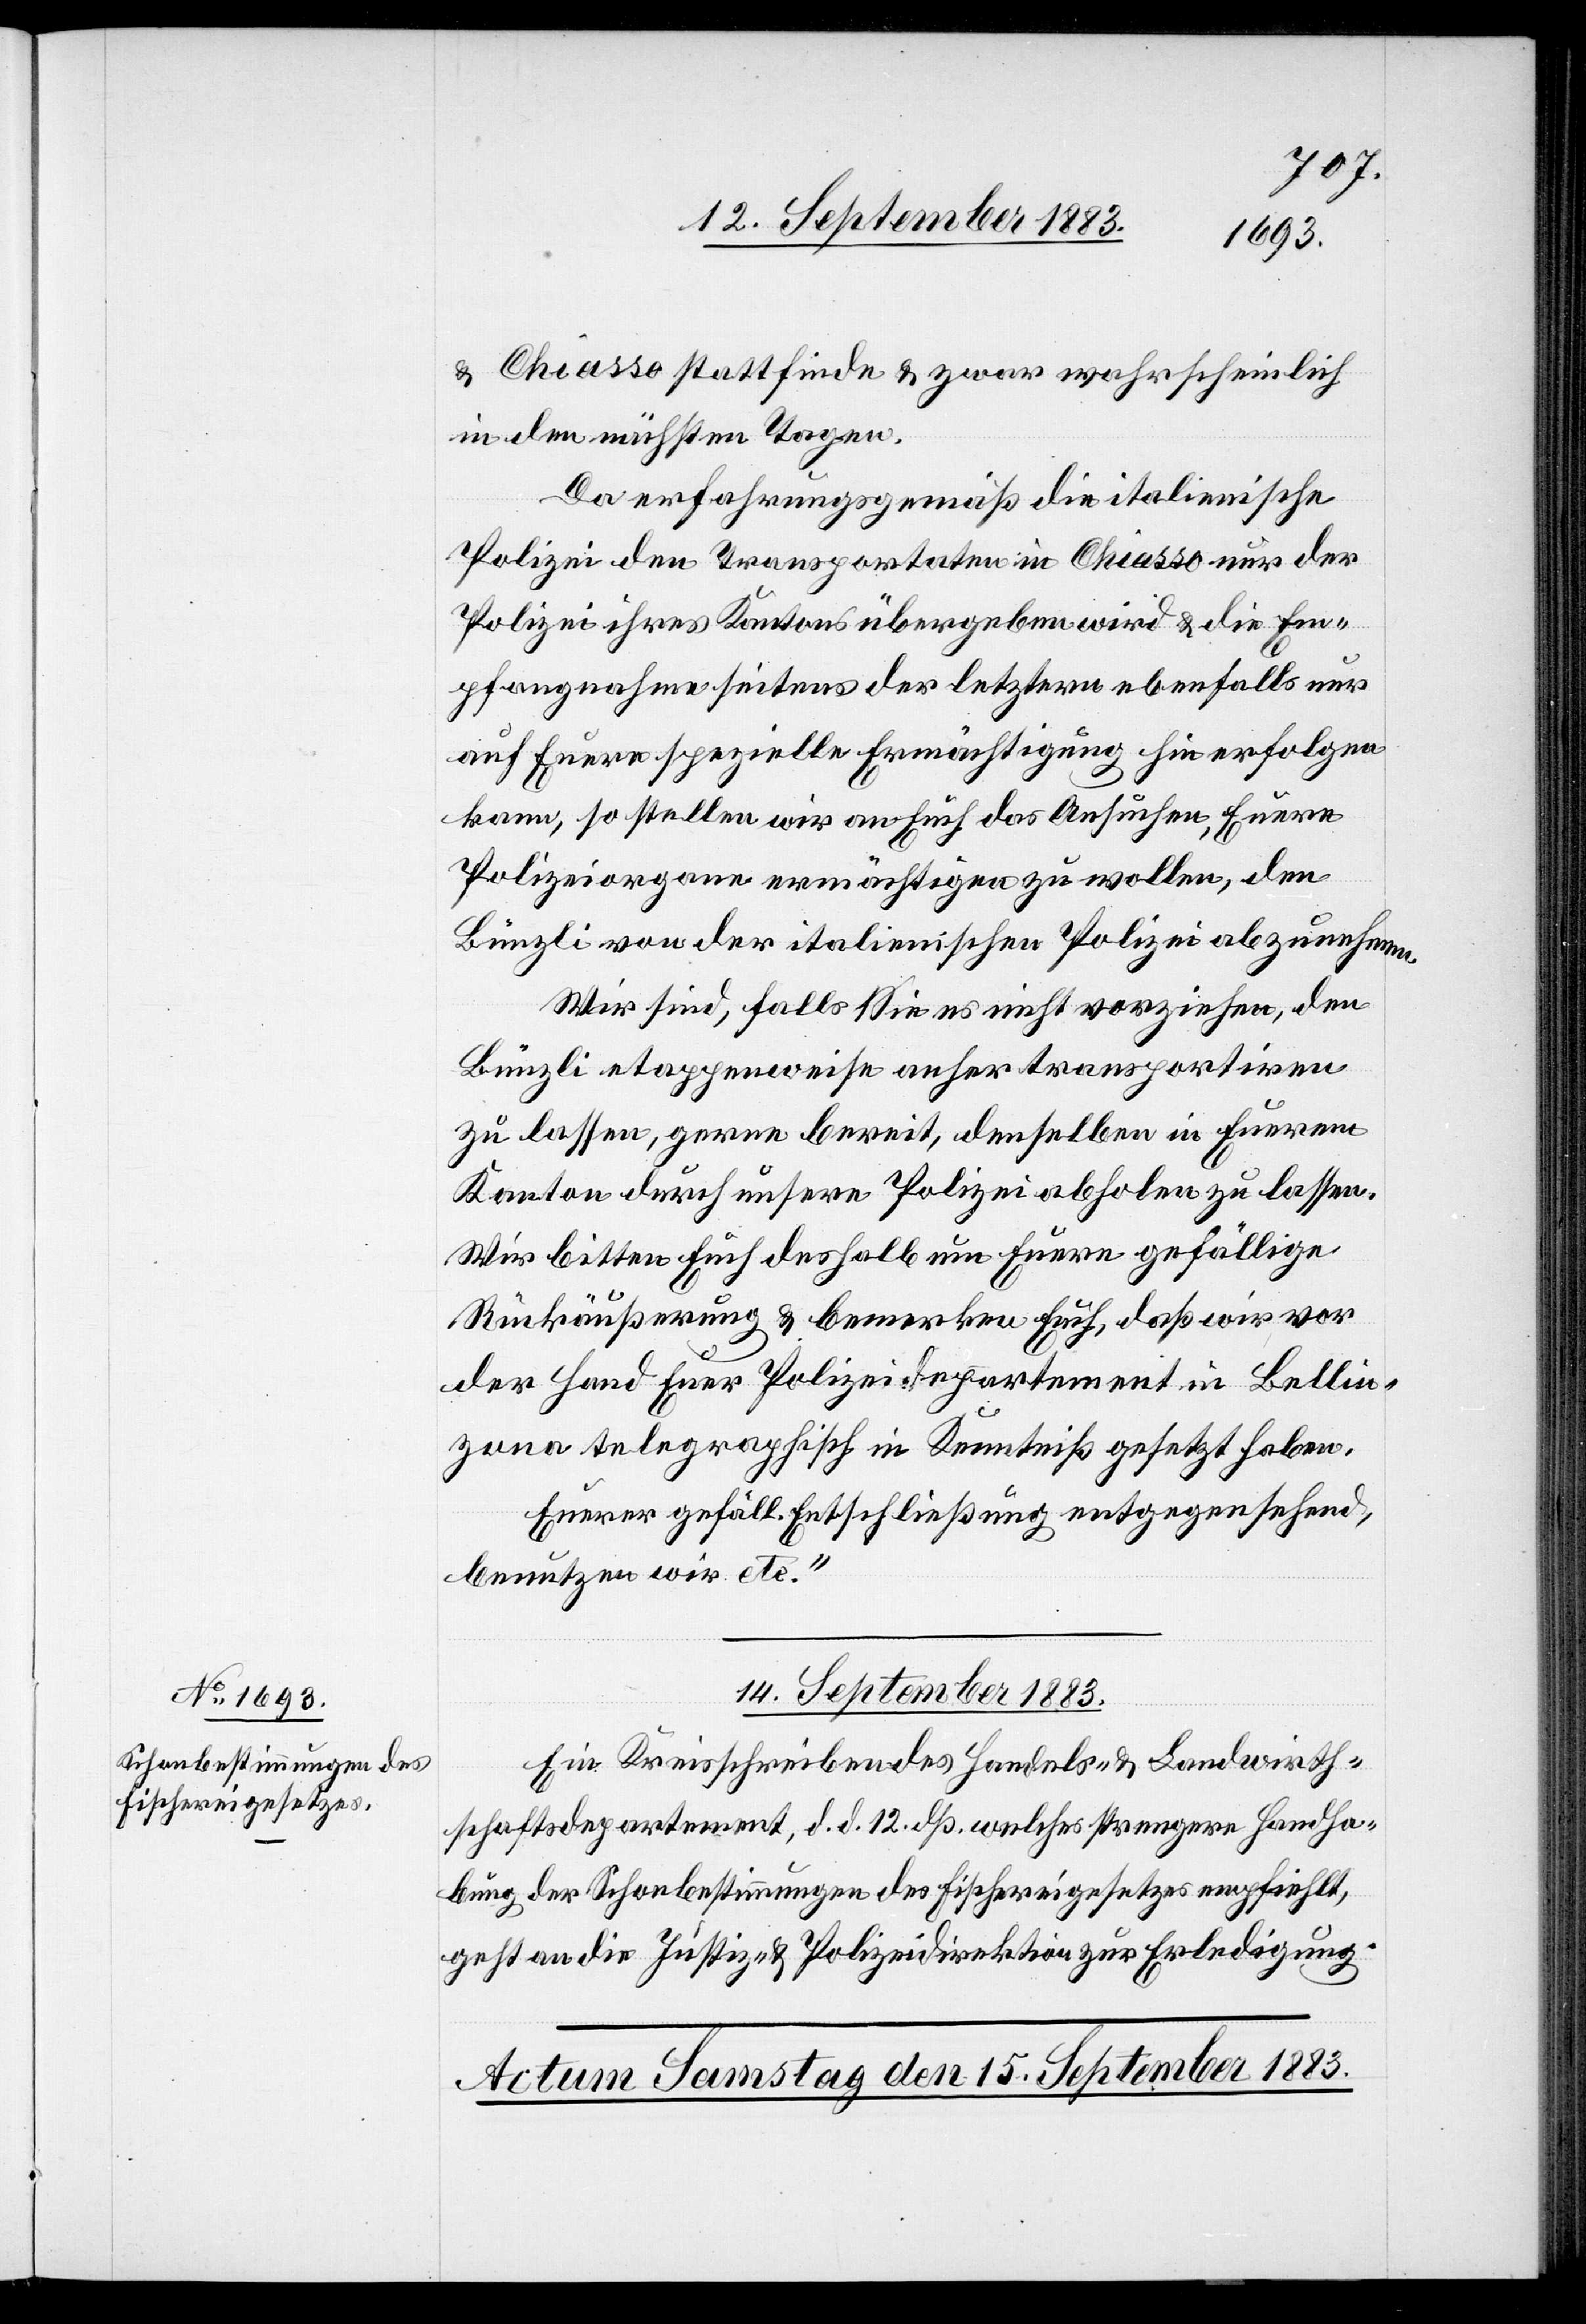
& Chiasso stattfinde & zwar wahrscheinlich
in den nächsten Tagen.
Da erfahrungsgemäß die italienische
Polizei den Transportaten in Chiasso nur der
Polizei ihres Kantons übergeben wird & die Em¬
pfangnahme seitens der letztern ebenfalls nur
auf Euere spezielle Ermächtigung hin erfolgen
kann, so stellen wir an Euch das Ansuchen, Euere
Polizeiorgane ermächtigen zu wollen, den
Bünzli von der italienischen Polizei abzunehmen.
Wir sind, falls Sie es nicht vorziehen, den
Bünzli etappenweise anher transportiren
zu lassen, gerne bereit, denselben in Euerem
Kanton durch unsere Polizei abholen zu lassen.
Wir bitten Euch deshalb um Euere gefällige
Rückäußerung & bemerken Euch, daß wir vor
der Hand Euer Polizeidepartement in Bellin¬
zona telegraphisch in Kenntniß gesetzt haben.
Euerer gefäll. Entschließung entgegensehend,
benutzen wir etc.“
14. September 1883.
Ein Kreisschreiben des Handels- & Landwirth¬
schaftsdepartement, d. d. 12. dß. welches strengere Handha¬
bung der Schonbestimmungen des Fischereigesetzes empfiehlt,
geht an die Justiz- & Polizeidirektion zur Erledigung.